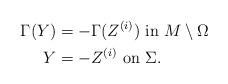
LaTeX: \begin{align*}\Gamma(Y) &=-\Gamma (Z^{(i)}) \mbox{ in } M\setminus\Omega\\Y &= -Z^{(i)} \mbox{ on } \Sigma.\end{align*}